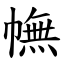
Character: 幠